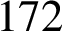
1 7 2